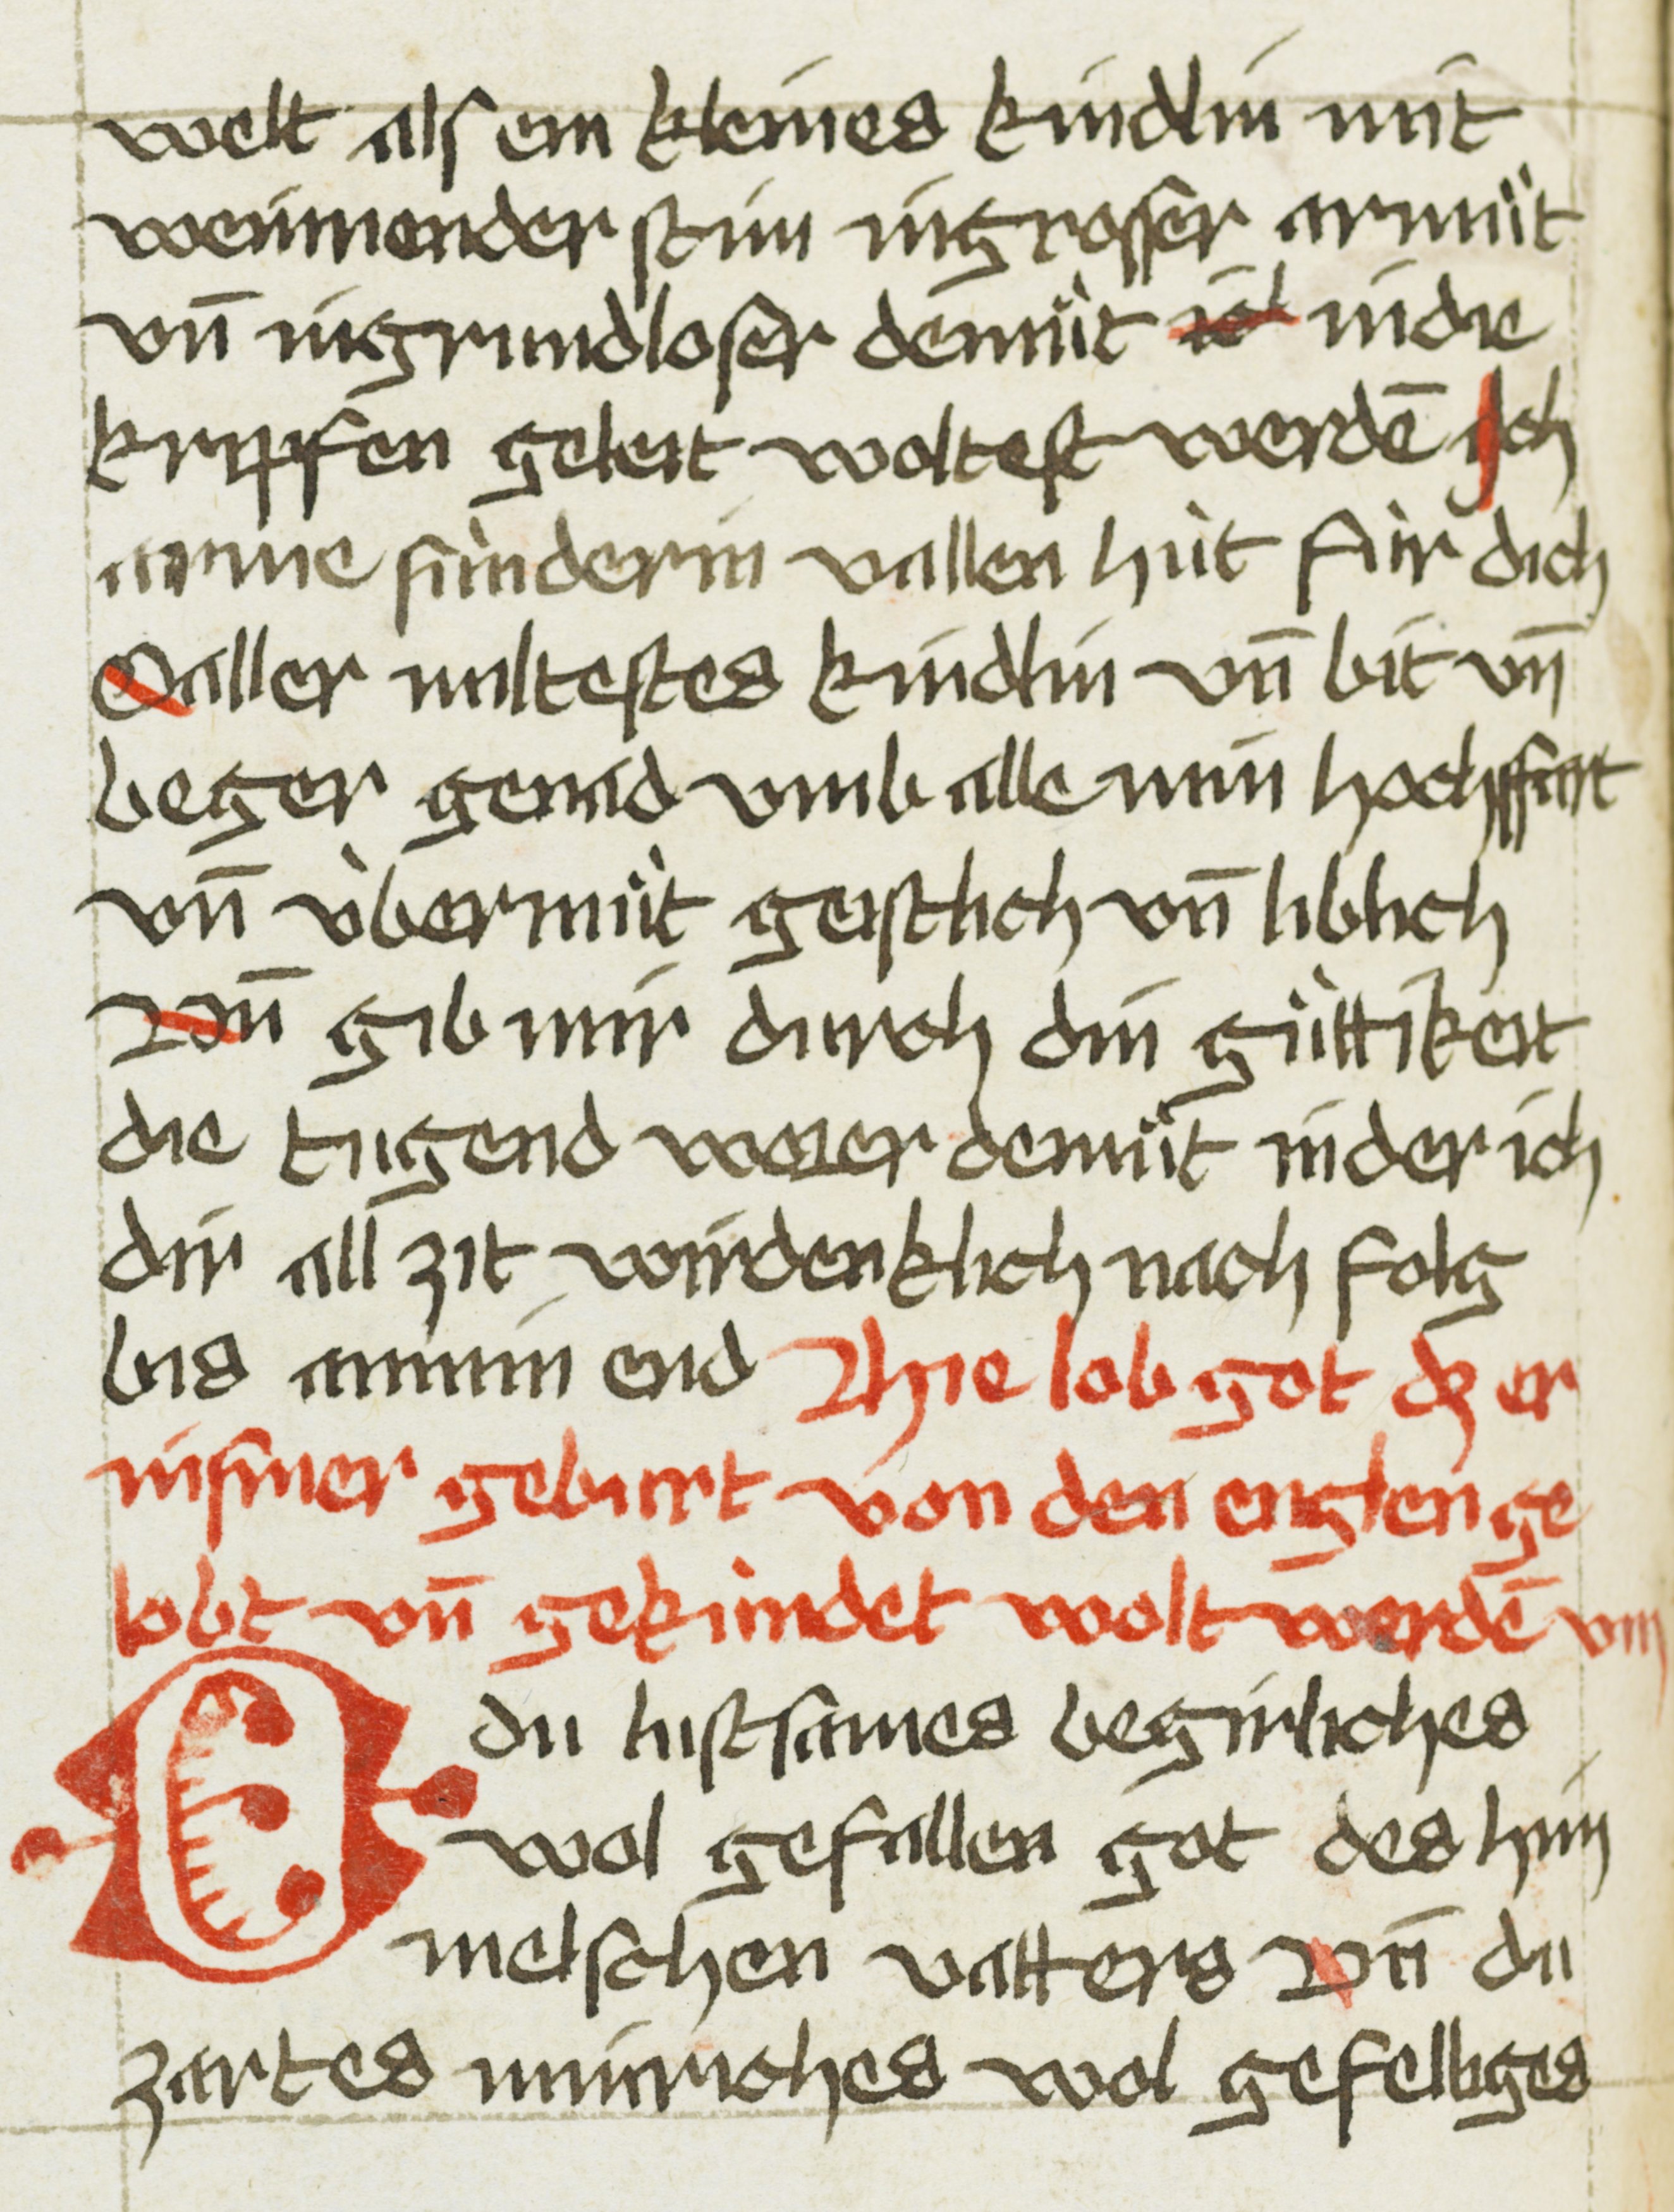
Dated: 1507–1507